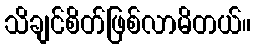
သိချင်စိတ်ဖြစ်လာမိတယ်။